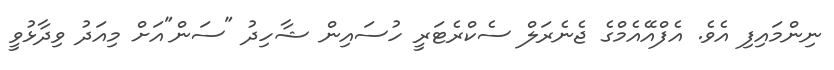
ނިންމައިފި އެވެ. އެފްއޭއެމްގެ ޖެނެރަލް ސެކްރެޓަރީ ހުސައިން ޝާހިދު "ސަން"އަށް މިއަދު ވިދާޅުވީ